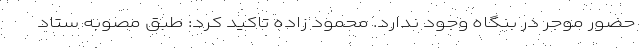
حضور موجر در بنگاه وجود ندارد. محمود زاده تاکید کرد: طبق مصوبه ستاد